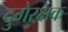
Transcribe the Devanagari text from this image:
दुगेरक्षक